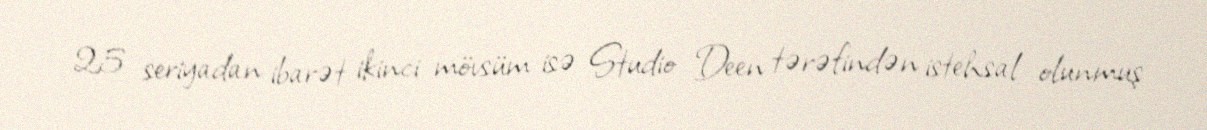
25 seriyadan ibarət ikinci mövsüm isə Studio Deen tərəfindən istehsal olunmuş